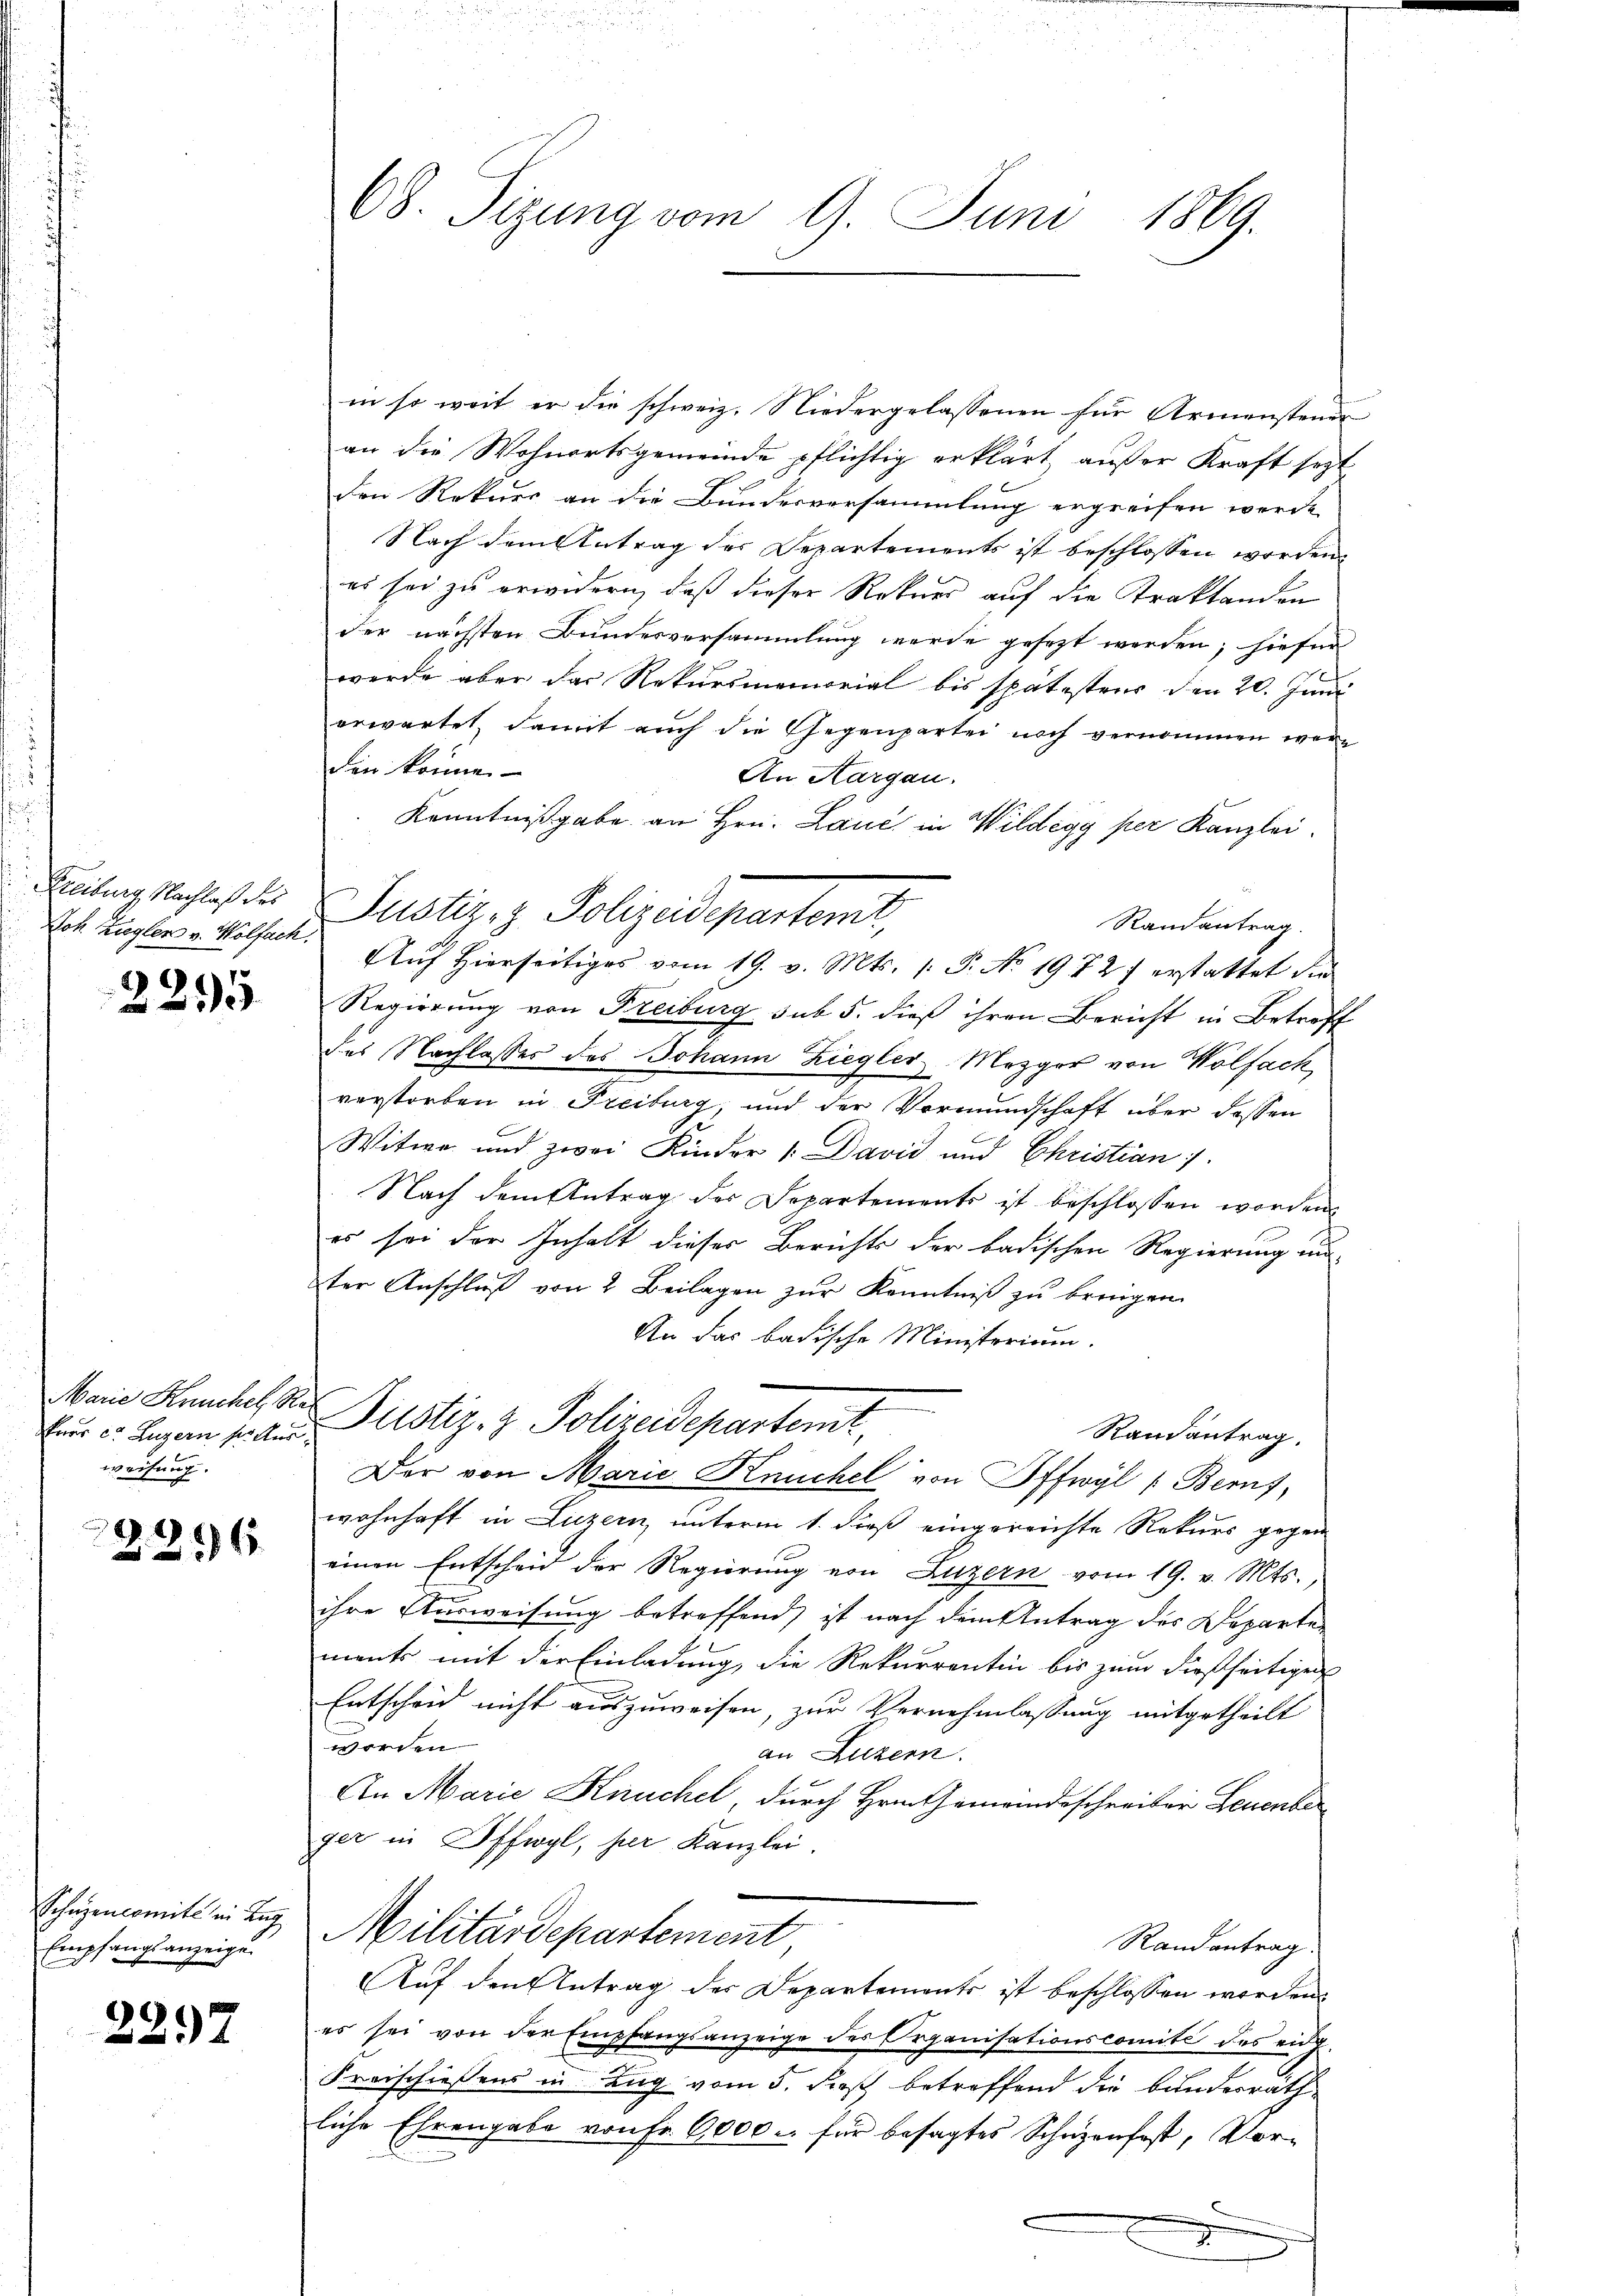
Freiburg, Nachlaß des
Joh Ziegler v. Wolfach.

2295

Marie Kuchel, S.
fner et Luzern sie Aus
weisung.

2216

Schüzencomite in Luz
Empfangsanzeige.

2297

68. Sizung vom 9. Juni 1869.

in so weit er die schweiz. Niedergelassenen für Armensteuer
an die Wohnortsgemeinde pflichtig erklärt außer Kraft sezt
den Rekurs an die Bundesversammlung ergreifen werde.
Nach dem Antrag der Departements ist beschlossen worden.
es sei zu erwidern, daß dieser Rekurs auf die Traktanden
der nächsten Bundesversammlung werde gesezt werden; hiefür
werde aber das Rekursmemorial bis spätestens den 20. Juni
erwartet, damit auch die Gegenpartei noch vernommen wäre
den könne.
An Aargau.
Kenntnißgabe an Hrn. Laue in Wildegg per Kanzlei.
Justiz, z. Polizeidepartemit,
Randantrag.
Auf hierseitiges vom 19. v. Mts. 1. P. No. 1972 erstattet der
Regierung von Freiburg sub 5. dieß ihren Bericht in Betreff
des Nachlasses des Johann Ziegler Mezger von Wolfach
verstorben in Freiburg, und der Vormundschaft über dessen
Witwe und zwei Kinder 1. David und Christian /.
Nach dem Antrag der Departements ist beschlossen worden.
es so der Inhalt dieser Berichts der badischen Regierung un-
ter Anschluß von 2 Beilagen zur Kenntniß zu bringen.
An das badische Ministerium.
Justiz- & Polizeidepartemt
Randantrag.
Der von Marie Knuchel von Offwyl (Berns,
wohnhaft in Luzern, unterm 1. dieß eingereichte Rekurs gegen
einen Entscheid der Regierung von Luzern vom 19. v. Mts.
ihre Ausweisung betreffend ist nach dem Antrag des Departe
ments mit der Einladung, die Rekurrentin bis zum dießseitigen
Entscheid nicht auszuweisen, zur Vernehmlassung mitgetheilt
worden.
an Luzern.
An Marie Kuchel, durch Hrn. Gemeindeschreiber Leuenber
ger in Offwyl, her Kanzlei.
Militärdepartement
Randantrag.
Auf den Antrag der Departements ist beschlossen worden
es sei von der Empfangsanzeige des Organisationscomité des eidg.
Kreischießens in Zug vom 5. dieß betreffend die bunderräthliche Ehrengabe von Fr. 6000. für besagtes Schuzenfest, Vore
x